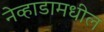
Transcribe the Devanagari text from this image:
नेव्हाडामधील